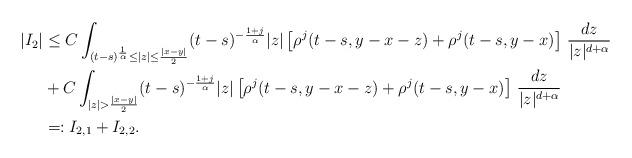
LaTeX: \begin{align*}|I_2| & \leq C\int_{ (t-s)^{\frac{1}{\alpha}}\leq|z| \leq \frac{|x-y|}{2}} (t-s)^{-\frac{1+j}{\alpha}}|z| \left[\rho^j(t-s,y-x-z) + \rho^j(t-s,y-x) \right] \, \frac{dz}{|z|^{d + \alpha}} \\ &+ C\int_{|z| > \frac{|x-y|}{2}} (t-s)^{-\frac{1+j}{\alpha}}|z| \left[\rho^j(t-s,y-x-z) + \rho^j(t-s,y-x) \right] \, \frac{dz}{|z|^{d + \alpha}}\\ &=: I_{2,1} + I_{2,2}.\end{align*}